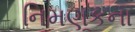
નિમણૂકના